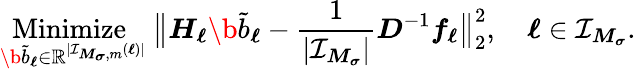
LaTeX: \underset{\b{\tilde{b}}_{\boldsymbol\ell}\in\mathbb R^{|\mathcal I_{\boldsymbol M_{\boldsymbol\sigma},m}(\boldsymbol\ell)|}}{\mathrm{Minimize~}}\ \big\| \boldsymbol H_{\boldsymbol\ell}\b{\tilde{b}}_{\boldsymbol\ell}-\frac{1}{|\mathcal I_{\boldsymbol M_{\boldsymbol\sigma}}|}\boldsymbol D^{-1}\boldsymbol f_{\boldsymbol\ell}\big\| _{2}^{2},\quad\boldsymbol\ell\in\mathcal I_{\boldsymbol M_{\boldsymbol\sigma}}.